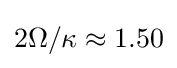
2\Omega /\kappa \approx 1.50